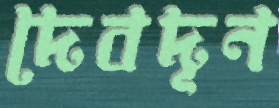
দেবদূন